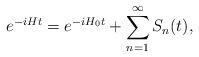
LaTeX: \begin{align*}e^{-iHt} = e^{-iH_0 t} + \sum_{n=1}^\infty S_n (t),\end{align*}